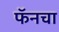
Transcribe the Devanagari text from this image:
फॅनचा